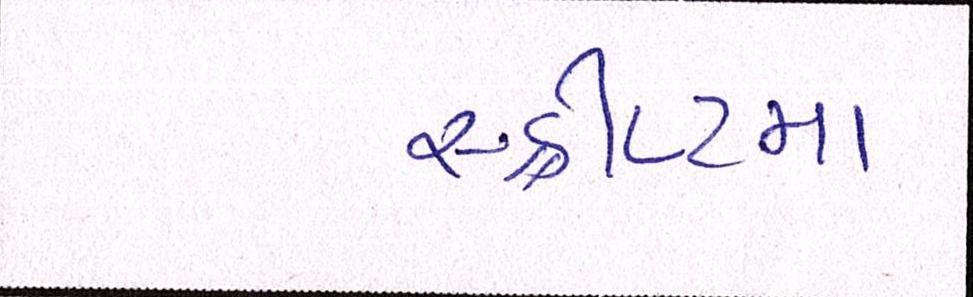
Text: સ્ક્રીપ્ટમાં